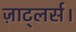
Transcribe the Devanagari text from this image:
ज़ाट्लर्स।